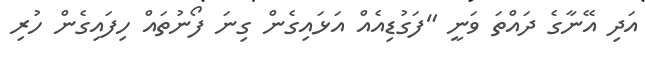
އަދި އޭނާގެ ދައްތަ ވަނީ "ފަގުޑިއެއް އަޅައިގެން ގިނަ ފޯނުތައް ހިފައިގެން ހުރި